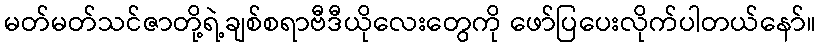
မတ်မတ်သင်ဇာတို့ရဲ့ချစ်စရာဗီဒီယိုလေးတွေကို ဖော်ပြပေးလိုက်ပါတယ်နော်။